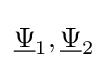
{\underline {\Psi }}_{1},{\underline {\Psi }}_{2}